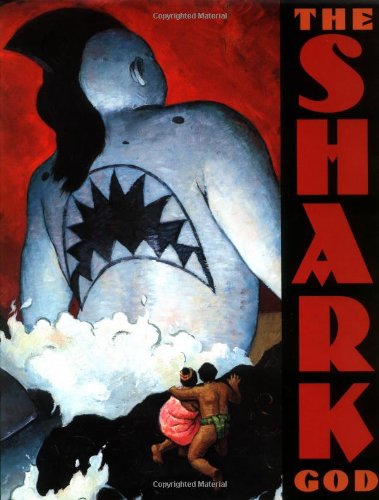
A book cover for The Shark God; Rafe Martin; Children's Books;